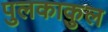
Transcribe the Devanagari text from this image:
पुलकाकुल